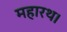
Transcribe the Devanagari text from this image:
महारथ।